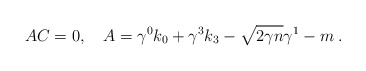
\begin{align*}AC=0,\quad A=\gamma ^{0}k_{0}+\gamma ^{3}k_{3}-\sqrt{2\gamma n}\gamma^{1}-m\;. \end{align*}